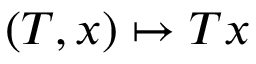
( T , x ) \mapsto T x